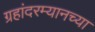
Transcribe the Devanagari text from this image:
ग्रहांदरम्यानच्या